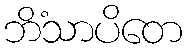
ဘိံသာပိတေ